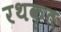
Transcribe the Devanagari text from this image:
रथकृत